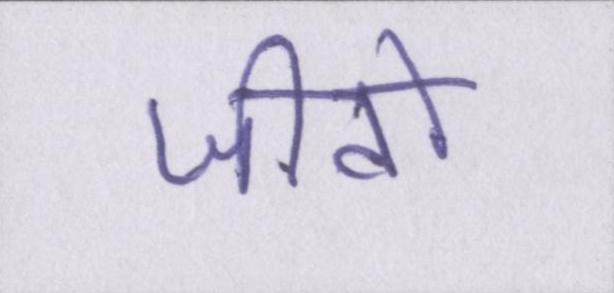
जीवों